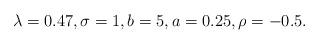
LaTeX: \begin{align*} \lambda=0.47, \sigma =1, b=5, a=0.25, \rho =-0.5.\end{align*}